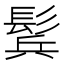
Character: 鬂